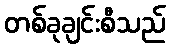
တစ်ခုချင်းစီသည်